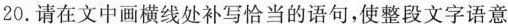
20.请在文中画横线处补写恰当的语句，使整段文字语意